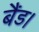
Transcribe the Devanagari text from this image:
बैंड।